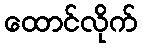
ထောင်လိုက်